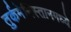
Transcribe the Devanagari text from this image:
तुर्कमेनिस्तानमध्ये